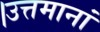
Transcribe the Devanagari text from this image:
।उत्तमानां